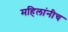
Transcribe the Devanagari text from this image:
महिलांनीच